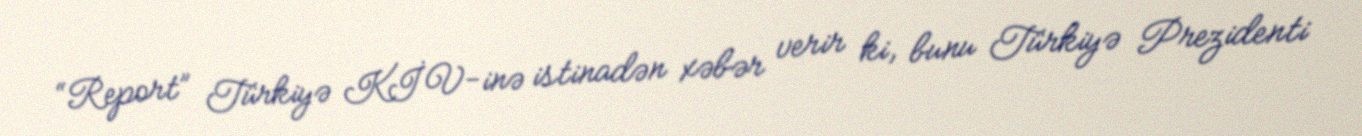
“Report” Türkiyə KİV-inə istinadən xəbər verir ki, bunu Türkiyə Prezidenti